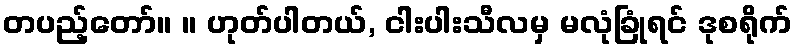
တပည့်တော်။ ။ ဟုတ်ပါတယ်, ငါးပါးသီလမှ မလုံခြုံရင် ဒုစရိုက်